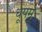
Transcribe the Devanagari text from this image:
धूपम्‌